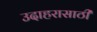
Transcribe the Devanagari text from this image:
उदाहरासाठी